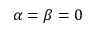
\alpha = \beta = 0